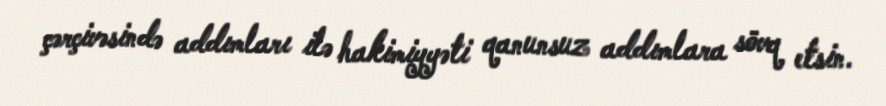
çərçivəsində addımları ilə hakimiyyəti qanunsuz addımlara sövq etsin.